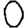
Digit: 0